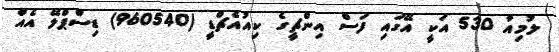
ލުމިއާ 530 އަކީ އޭގައި ފަސް އިންޗީގެ ކިއުއެޗްޑީ (960540) ޑިސްޕްލޭ އެއް